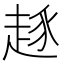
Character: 𰷷